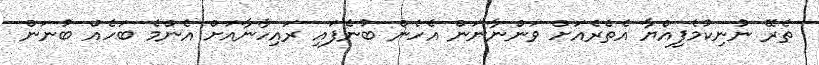
ތެރޭ ނުނިކުމެފިއްޔާ އެތެރެއަށް ވަންނާނަން އެހެން ބުނެފައި ރައިހާނާއަށް އެންމެ ބަހެއް ބުނަން